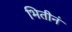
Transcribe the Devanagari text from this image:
भितीनं